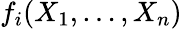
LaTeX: f_{i}(X_{1},\dots,X_{n})